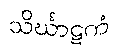
သိင်္ဃာဋကံ